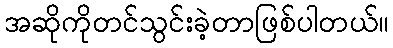
အဆိုကိုတင်သွင်းခဲ့တာဖြစ်ပါတယ်။